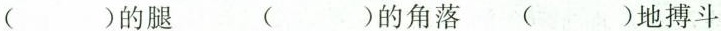
()的腿 ()的角落 ( )地搏斗